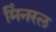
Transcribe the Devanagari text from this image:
मिंनरल